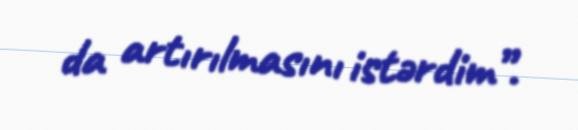
da artırılmasını istərdim”.